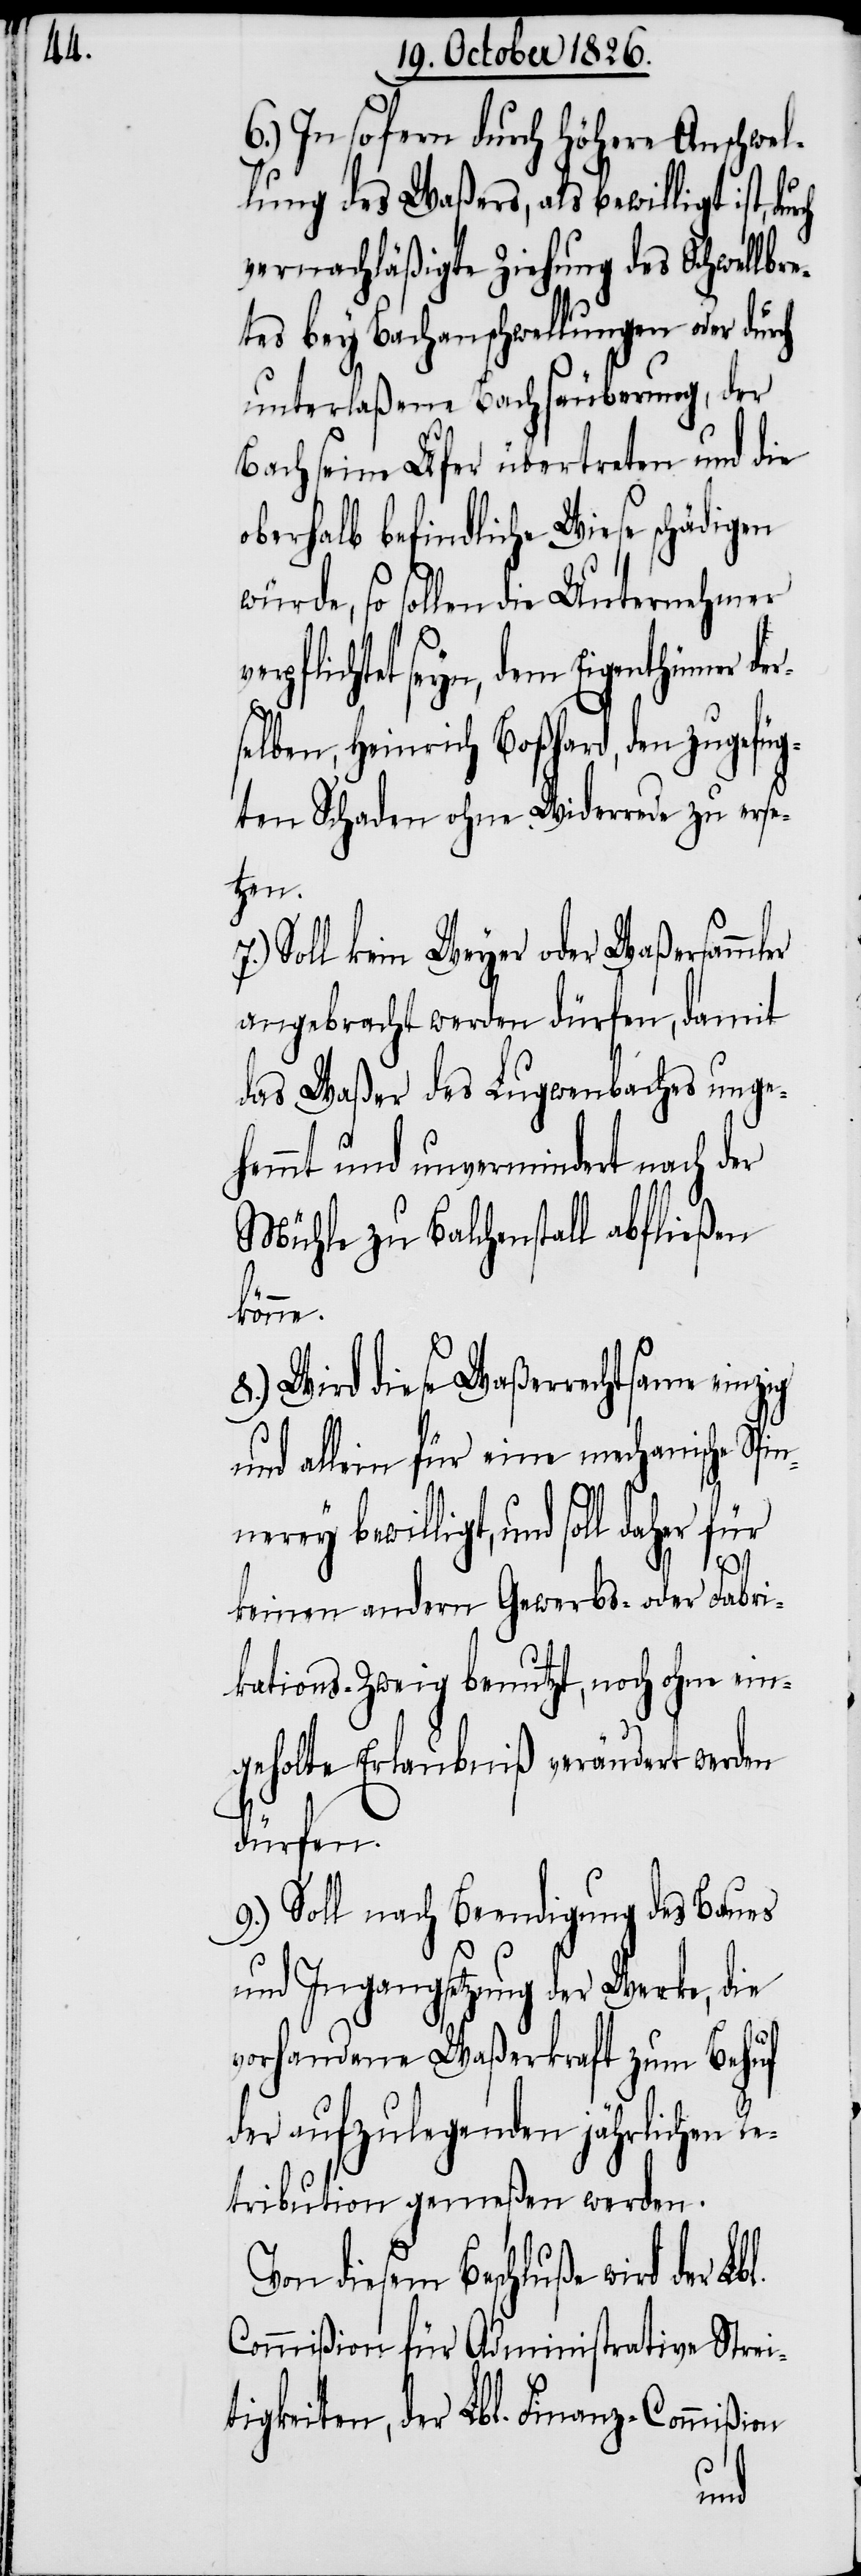
6.) In sofern durch höhere Anschwel¬
lung des Waßers, als bewilligt ist,
vernachläßigte Ziehung des Schwellb¬
tes bey Bachanschwellungen oder durch
unterlaßene Bachsäuberung, der
Bach seine Ufer übertreten und die
oberhalb befindliche Wiese schädigen
würde, so sollen die Unternehmer
pflichtet seyn, dem Eigenthümer d¬
selben, Heinrich Boßhard, den zugefüg¬
ten Schaden ohne Widerrede zu erse¬
tzen.
Soll kein Weyer oder Waßersammler
angebracht werden dürfen, damit
das Waßer des Lugwenbaches unge¬
hemmt und unvermindert nach der
Mühle zu Balchenstall abfließen
pinne¬
8.) Wird diese Waßerrechtsame einzig
und allein für eine mechanische S¬
rey bewilligt, und soll daher
keinen andern Gewerbs- oder Fabri¬
kations-Zweig benutzt, noch ohne ein¬
geholte Erlaubniß verändert werden
dürfen.
9.) Soll nach Beendigung des Baues
und Ingangsetzung der Werke, die
vorhandene Waßerkraft zum Behuf
der aufzulegenden jährlichen Re¬
tribution gemeßen werden.
on diesem Beschluße wird der
Commißion für Administrative Strei¬
tigkeiten, der Lbl. Finanz-Commißion
V¬